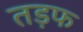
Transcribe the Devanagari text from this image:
तड़फ